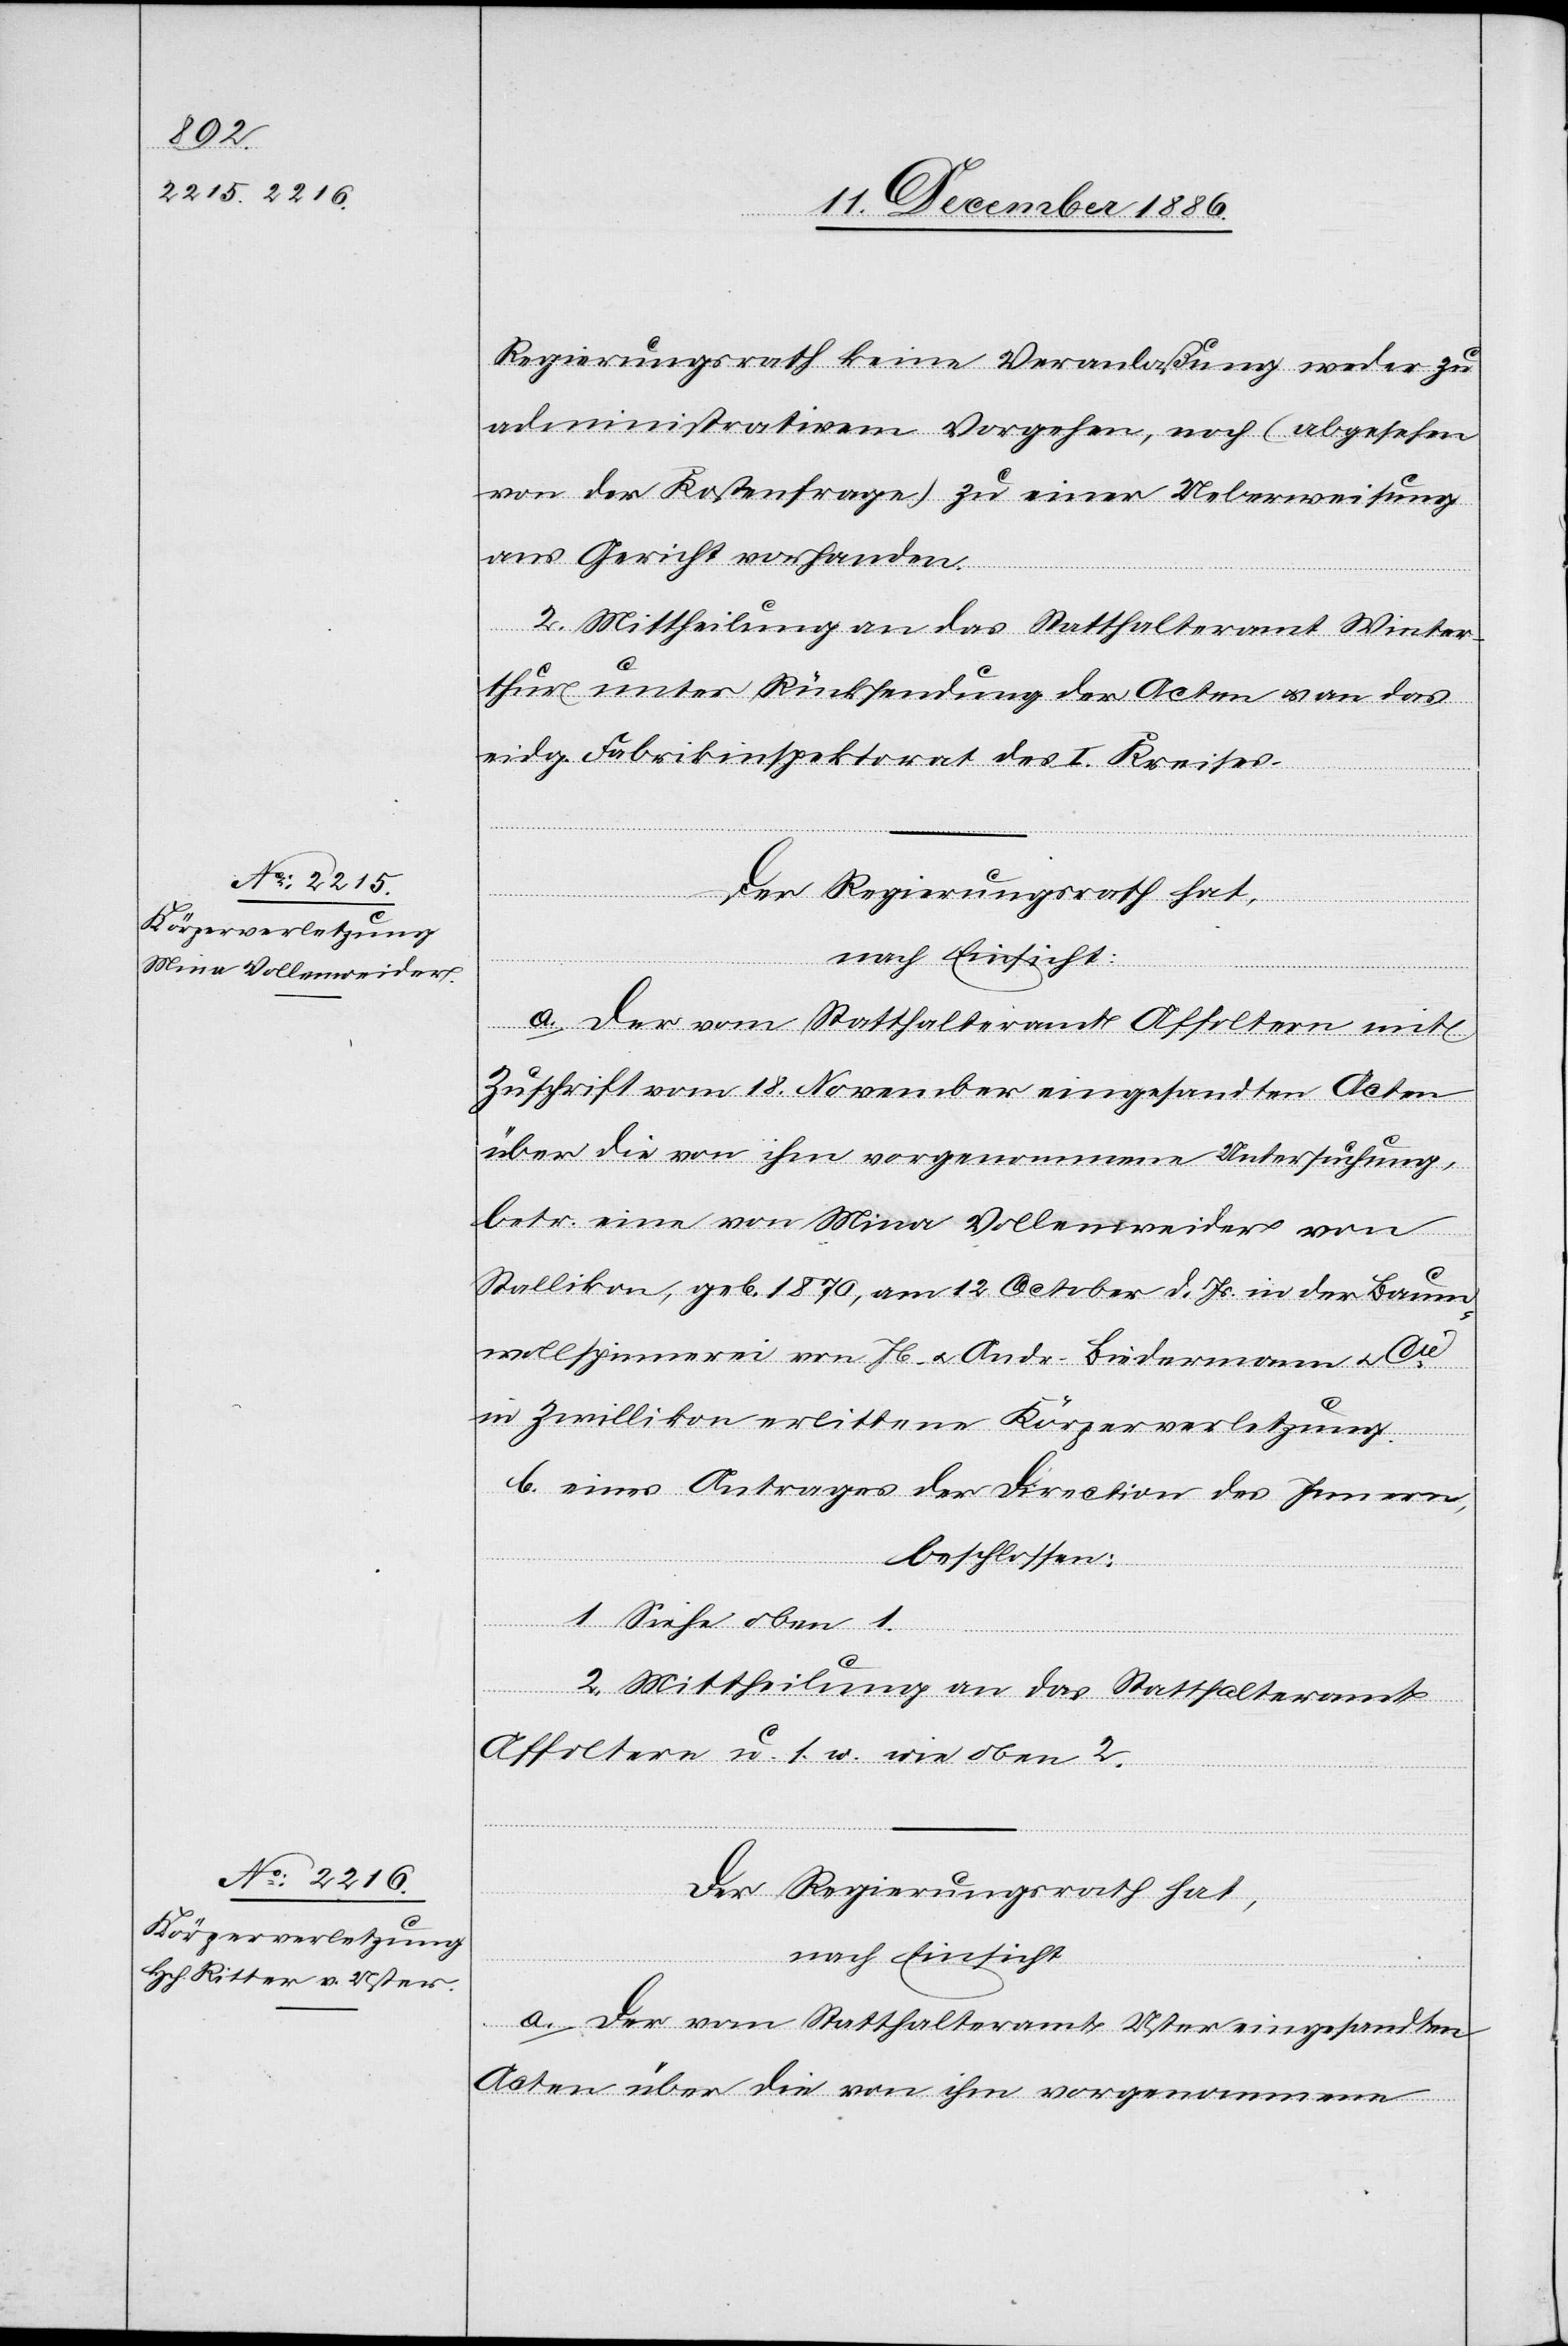
Regierungsrath keine Veranlaßung weder zu
administrativem Vorgehen, noch (abgesehen
von der Kostenfrage) zu einer Ueberweisung
ans Gericht vorhanden.
2. Mittheilung an das Statthalteramt Winter¬
thur unter Rücksendung der Acten & an das
eidg. Fabrikinspektorat des I. Kreises.
[Fortsetzung
Der Regierungsrath hat,
nach Einsicht:
a. Der vom Statthalteramt Affoltern mit
Zuschrift vom 18. November eingesandten Acten
über die von ihm vorgenommene Untersuchung,
betr. eine von Mina Vollenweider von
Stallikon, geb. 1870, am 12. October d. Js. in der Baum¬
wollspinnerei von Jb. & Andr. Biedermann & Cie
in Zwillikon erlittene Körperverletzung.
b. eines Antrages der Direction des Innern,
beschlossen:
1. Siehe oben 1.
2. Mittheilung an das Statthalteramt
Affoltern u. s. w. wie oben 2.
a. Der vom Statthalteramt Uster eingesandten
Acten über die von ihm vorgenommene[n]